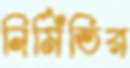
নির্মিতির